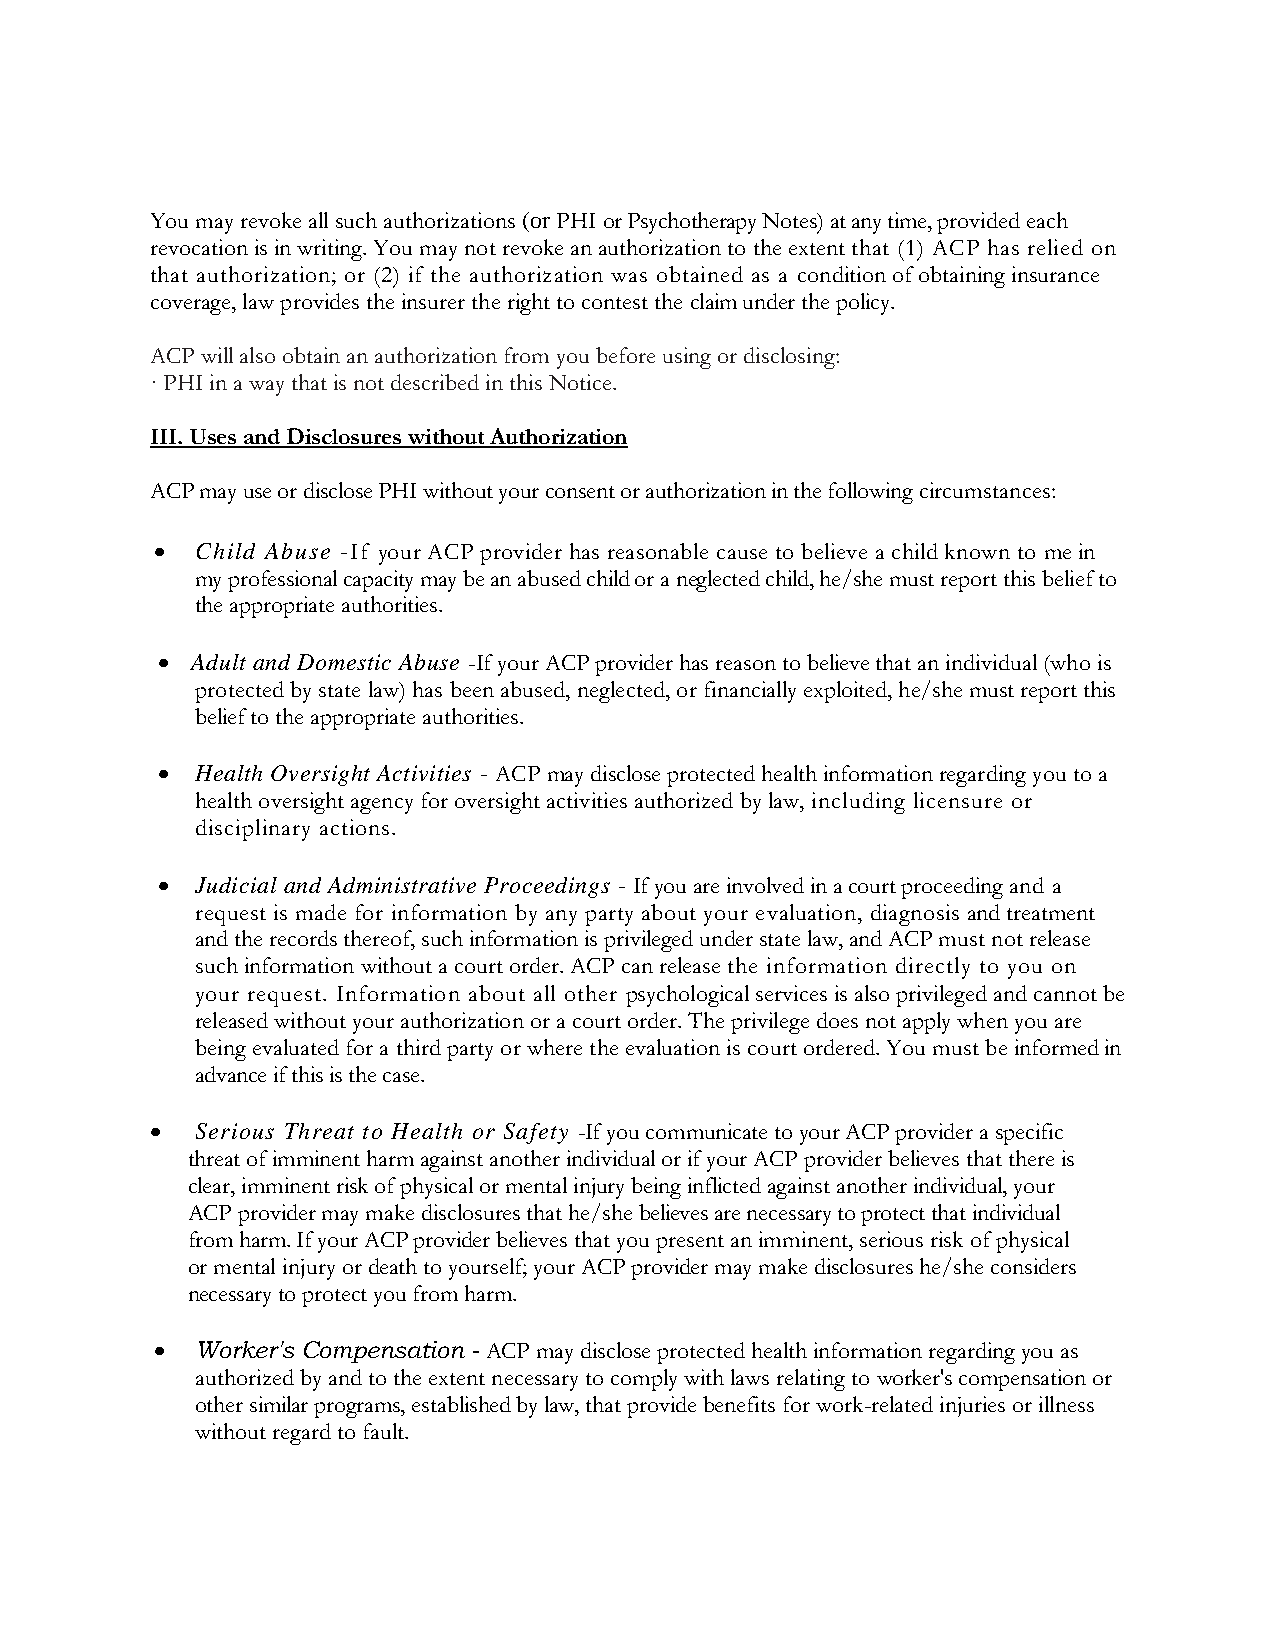
You may revoke all such authorizations (or PHI or Psychotherapy Notes) at any time, provided each
 revocation is in writing. You may not revoke an authorization to the extent that (1) ACP has relied on
 that authorization; or (2) if the authorization was obtained as a condition of obtaining insurance
 coverage, law provides the insurer the right to contest the claim under the policy.
 ACP will also obtain an authorization from you before using or disclosing:
 · PHI in a way that is not described in this Notice.
 III. Uses and Disclosures without Authorization
 ACP may use or disclose PHI without your consent or authorization in the following circumstances:
 •  Child Abuse -If your ACP provider has reasonable cause to believe a child known to me in
 my professional capacity may be an abused child or a neglected child, he/she must report this belief to
 the appropriate authorities.
 •  Adult and Domestic Abuse -If your ACP provider has reason to believe that an individual (who is
 protected by state law) has been abused, neglected, or financially exploited, he/she must report this
 belief to the appropriate authorities.
 •  Health Oversight Activities - ACP may disclose protected health information regarding you to a
 health oversight agency for oversight activities authorized by law, including licensure or
 disciplinary actions.
 •  Judicial and Administrative Proceedings - If you are involved in a court proceeding and a
 request is made for information by any party about your evaluation, diagnosis and treatment
 and the records thereof, such information is privileged under state law, and ACP must not release
 such information without a court order. ACP can release the information directly to you on
 your request. Information about all other psychological services is also privileged and cannot be
 released without your authorization or a court order. The privilege does not apply when you are
 being evaluated for a third party or where the evaluation is court ordered. You must be informed in
 advance if this is the case.
 •  Serious Threat to Health or Safety -If you communicate to your ACP provider a specific
 threat of imminent harm against another individual or if your ACP provider believes that there is
 clear, imminent risk of physical or mental injury being inflicted against another individual, your
 ACP provider may make disclosures that he/she believes are necessary to protect that individual
 from harm. If your ACP provider believes that you present an imminent, serious risk of physical
 or mental injury or death to yourself; your ACP provider may make disclosures he/she considers
 necessary to protect you from harm.
 •  Worker's Compensation - ACP may disclose protected health information regarding you as
 authorized by and to the extent necessary to comply with laws relating to worker's compensation or
 other similar programs, established by law, that provide benefits for work-related injuries or illness
 without regard to fault.